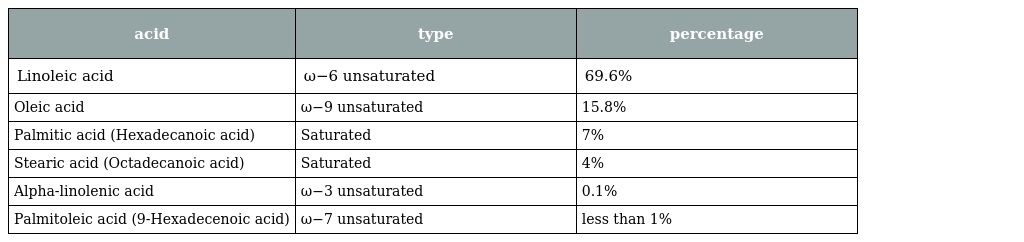
| acid | type | percentage |
 | --- | --- | --- |
 | Linoleic acid | ω−6 unsaturated | 69.6% |
 | Oleic acid | ω−9 unsaturated | 15.8% |
 | Palmitic acid (Hexadecanoic acid) | Saturated | 7% |
 | Stearic acid (Octadecanoic acid) | Saturated | 4% |
 | Alpha-linolenic acid | ω−3 unsaturated | 0.1% |
 | Palmitoleic acid (9-Hexadecenoic acid) | ω−7 unsaturated | less than 1% |